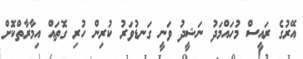
އޭރުގެ ރައީސް މުހައްމަދު ނަޝީދު ވަނީ ގަނޑުވަރު ކުރިން ހުރި ގޮތައް އިމާރާތްކޮށް